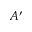
A ^ { \prime }